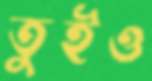
তুইও